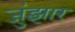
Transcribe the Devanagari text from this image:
जुंझार